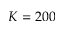
K = 2 0 0